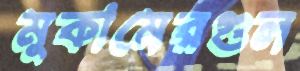
মুকামেরগুল